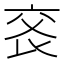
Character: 𠅕